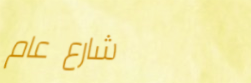
شارع عام